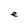
Character: e